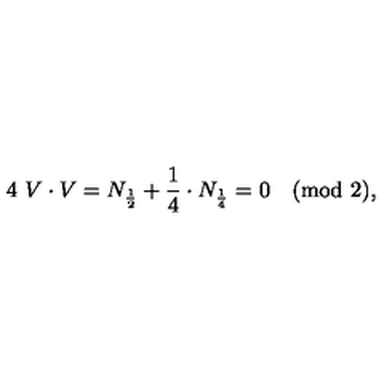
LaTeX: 4 \ V \cdot V = N _ { { \frac { 1 } { 2 } } } + { \frac { 1 } { 4 } } \cdot N _ { \frac { 1 } { 4 } } = 0 \quad ( \mathrm { m o d } \ 2 ) ,